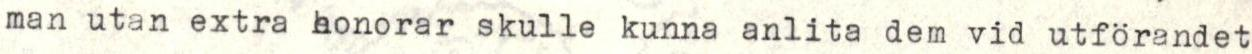
man utan extra honorar skulle kunna anlita dem vid utförandet